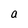
Character: a